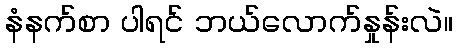
နံနက်စာ ပါရင် ဘယ်လောက်နှုန်းလဲ။